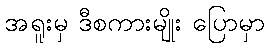
အရူးမှ ဒီစကားမျိုး ပြောမှာ